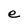
Character: e